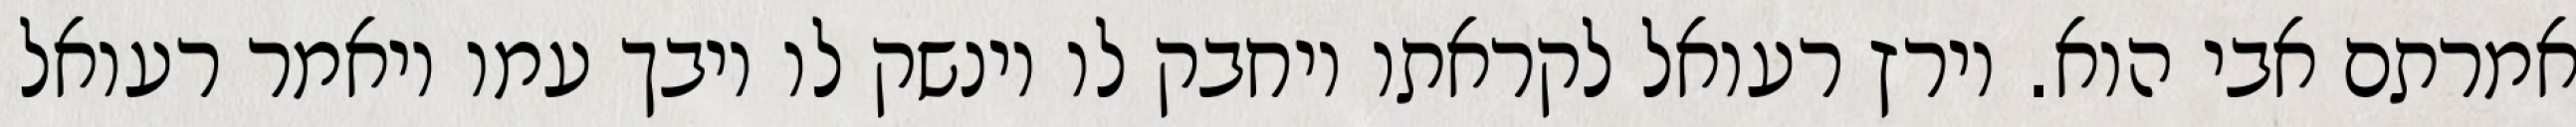
אמרתם אבי הוא. וירץ רעואל לקראתו ויחבק לו וינשק לו ויבך עמו ויאמר רעואל